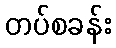
တပ်စခန်း